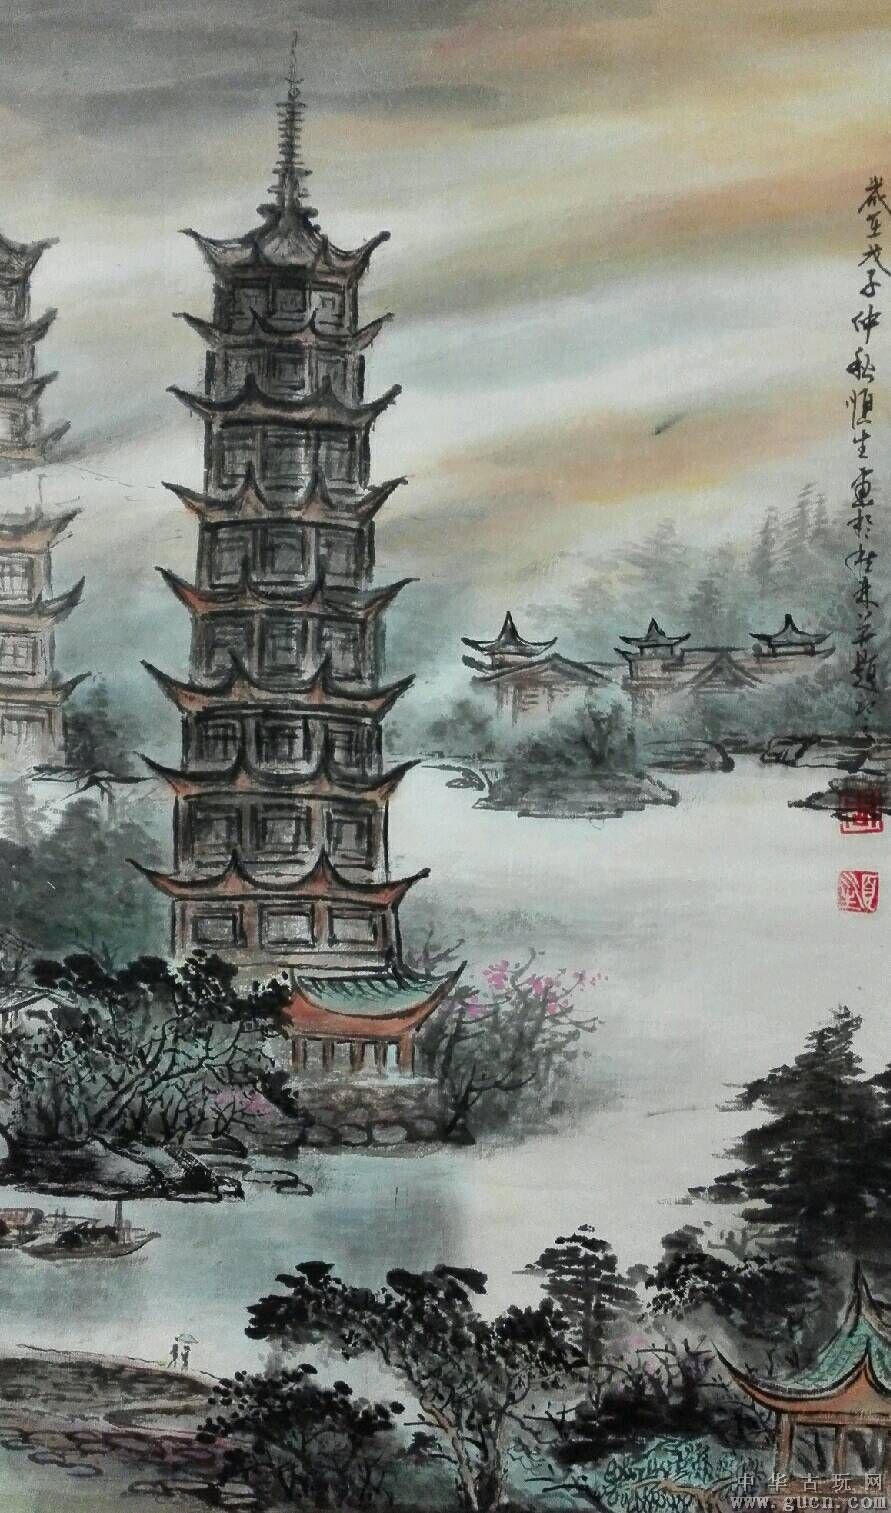
名声若日月，功绩如天地